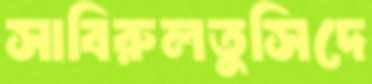
সাবিরুলতুসিদে